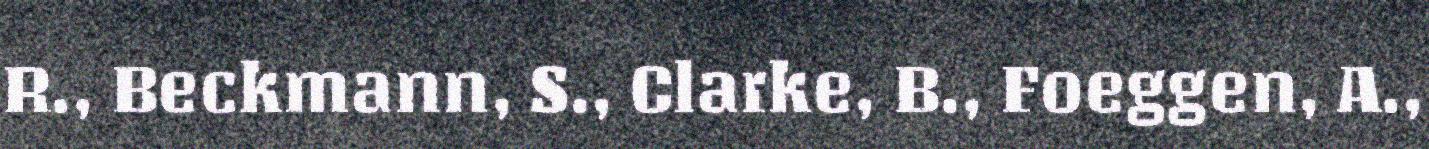
R., Beckmann, S., Clarke, B., Foeggen, A.,